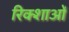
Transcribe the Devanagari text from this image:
रिक्शाओं